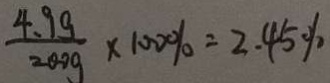
\frac { 4 . 9 g } { 2 0 0 g } \times 1 0 0 \% = 2 . 4 5 \%